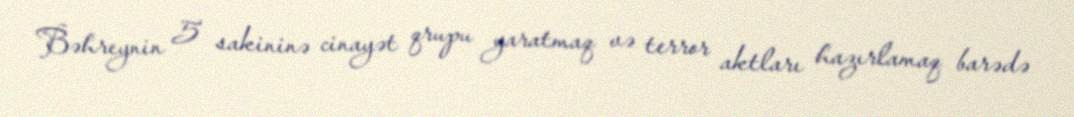
Bəhreynin 5 sakininə cinayət qrupu yaratmaq və terror aktları hazırlamaq barədə